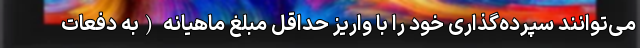
می‌توانند سپرده‌گذاری خود را با واریز حداقل مبلغ ماهیانه (به دفعات